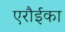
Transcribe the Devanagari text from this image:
एरौईका